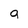
Character: g